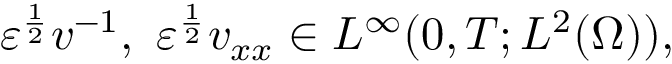
\varepsilon ^ { \frac { 1 } { 2 } } v ^ { - 1 } , \ \varepsilon ^ { \frac { 1 } { 2 } } v _ { x x } \in L ^ { \infty } ( 0 , T ; L ^ { 2 } ( \Omega ) ) ,